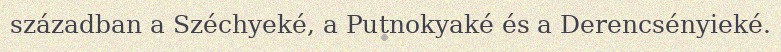
században a Széchyeké, a Putnokyaké és a Derencsényieké.